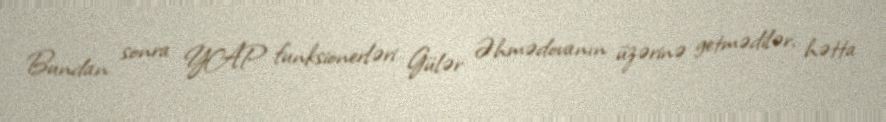
Bundan sonra YAP funksionerləri Gülər Əhmədovanın üzərinə getmədilər, hətta